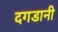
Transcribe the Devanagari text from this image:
दगडानी